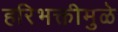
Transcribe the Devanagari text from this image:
हरिभक्तीमुळे